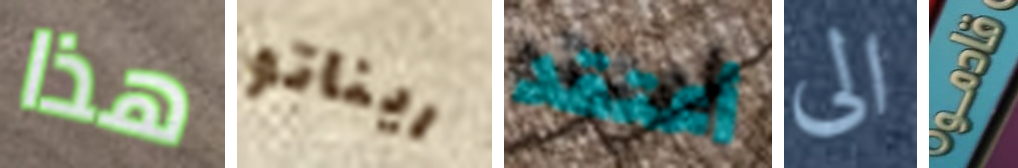
هذا ريناتو أعتقد الى قادمو